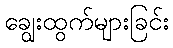
ချွေးထွက်များခြင်း